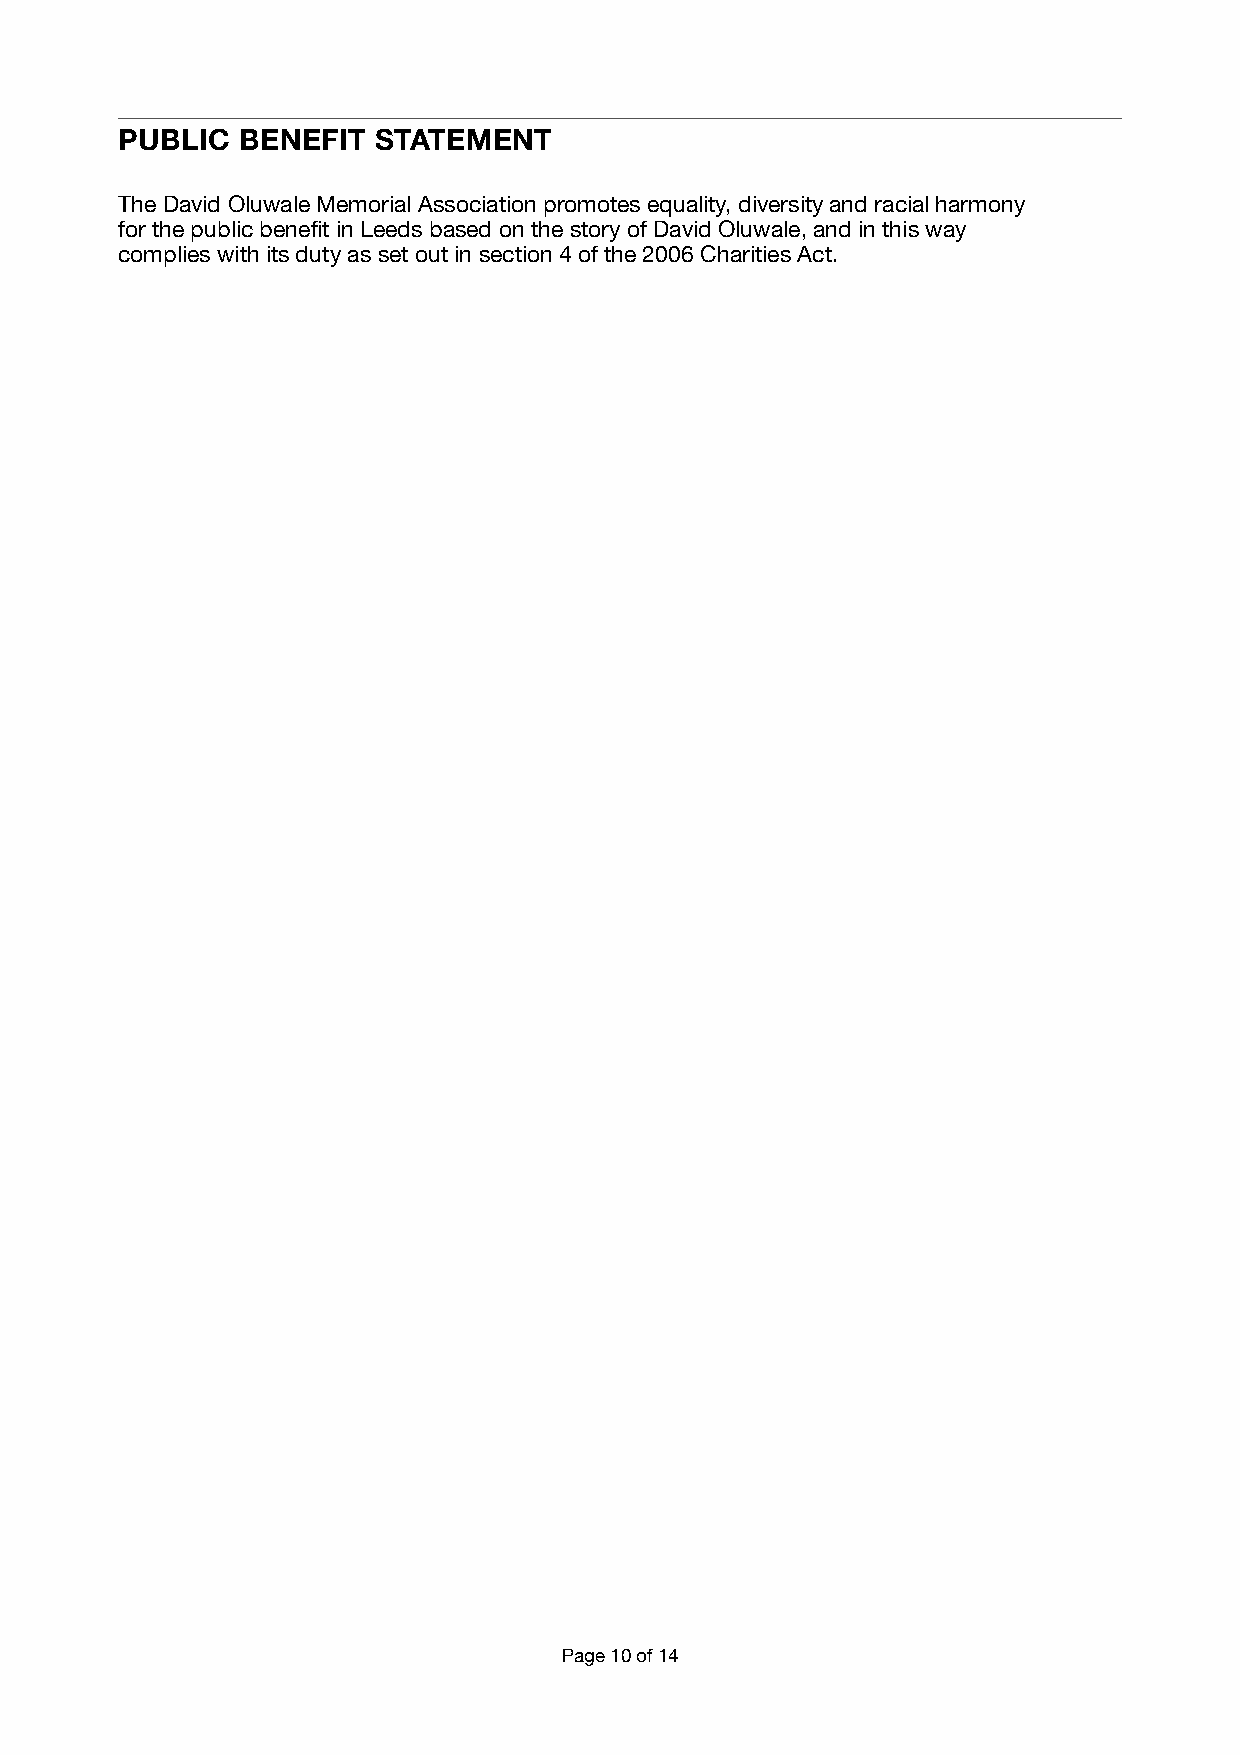
PUBLIC  BENEFIT  STATEMENT
 The David Oluwale Memorial Association promotes equality, diversity and racial harmony
 for the public benefit in Leeds based on the story of David Oluwale, and in this way
 complies with its duty as set out in section 4 of the 2006 Charities Act.
 Page 10 of 14